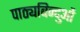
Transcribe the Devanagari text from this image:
पाठ्यबिन्दुओं